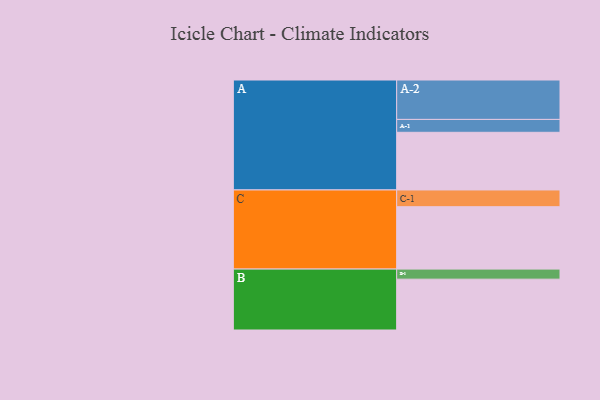
{"axis": {"x": "Segment", "y": "Value"}, "legend": ["", "A", "B", "C"], "data": [{"x": "A", "y": 389, "type": ""}, {"x": "B", "y": 343, "type": ""}, {"x": "C", "y": 421, "type": ""}, {"x": "A-1", "y": 87, "type": "A"}, {"x": "A-2", "y": 266, "type": "A"}, {"x": "B-1", "y": 68, "type": "B"}, {"x": "C-1", "y": 113, "type": "C"}]}